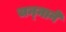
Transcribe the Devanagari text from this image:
चन्‍नाने